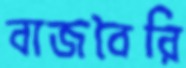
বাজবৈরি